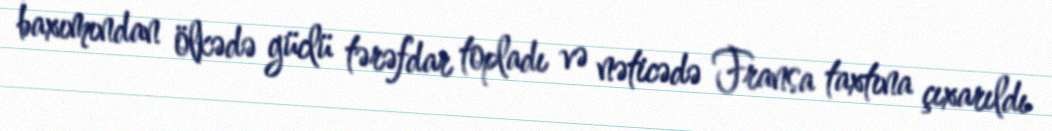
baxımından ölkədə güclü tərəfdar topladı və nəticədə Fransa taxtına çıxarıldı